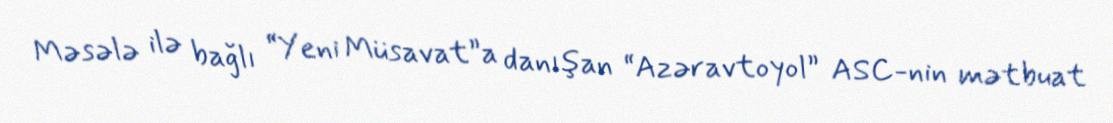
Məsələ ilə bağlı “Yeni Müsavat”a danışan “Azəravtoyol” ASC-nin mətbuat